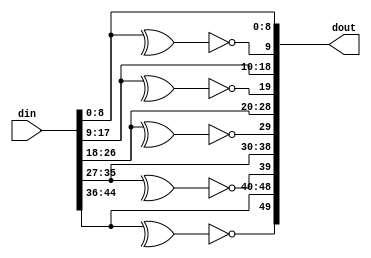
// Copyright 2010 Altera Corporation. All rights reserved.  
// Altera products are protected under numerous U.S. and foreign patents, 
// maskwork rights, copyrights and other intellectual property laws.  
//
// This reference design file, and your use thereof, is subject to and governed
// by the terms and conditions of the applicable Altera Reference Design 
// License Agreement (either as signed by you or found at www.altera.com).  By
// using this reference design file, you indicate your acceptance of such terms
// and conditions between you and Altera Corporation.  In the event that you do
// not agree with such terms and conditions, you may not use the reference 
// design file and please promptly destroy any copies you have made.
//
// This reference design file is being provided on an "as-is" basis and as an 
// accommodation and therefore all warranties, representations or guarantees of 
// any kind (whether express, implied or statutory) including, without 
// limitation, warranties of merchantability, non-infringement, or fitness for
// a particular purpose, are specifically disclaimed.  By making this reference
// design file available, Altera expressly does not recommend, suggest or 
// require that this reference design file be used in combination with any 
// other product not provided by Altera.
/////////////////////////////////////////////////////////////////////////////

`timescale 1 ps / 1 ps
module insert_parity #(
	parameter WORDS = 5,
	parameter BITS_PER_WORD = 9
	
)(
	input [BITS_PER_WORD*WORDS-1:0] din,
	output [(1+BITS_PER_WORD)*WORDS-1:0] dout	
);

genvar i;
generate
	for (i=0; i<WORDS; i=i+1) begin : p
		wire [BITS_PER_WORD-1:0] tmp_in = din [(i+1)*BITS_PER_WORD-1:i*BITS_PER_WORD];
		wire pbit = (^tmp_in) ^ 1'b1;
		wire [BITS_PER_WORD:0] tmp_out = {pbit, tmp_in};
		assign dout[(i+1)*(BITS_PER_WORD+1)-1:i*(BITS_PER_WORD+1)] = tmp_out;
	end
endgenerate

endmodule